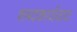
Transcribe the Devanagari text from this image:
शब्दकार्यवाद